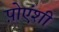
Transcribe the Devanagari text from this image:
प़ोएंशी